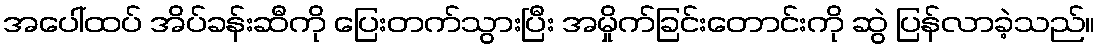
အပေါ်ထပ် အိပ်ခန်းဆီကို ပြေးတက်သွားပြီး အမှိုက်ခြင်းတောင်းကို ဆွဲ ပြန်လာခဲ့သည်။